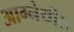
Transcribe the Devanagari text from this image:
आग्‍नेयीस